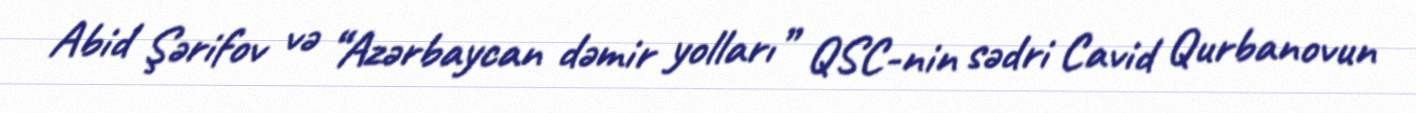
Abid Şərifov və “Azərbaycan dəmir yolları” QSC-nin sədri Cavid Qurbanovun